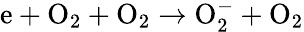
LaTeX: \mathrm{e+O_{2}+O_{2}\to O_{2}^{-}+O_{2}}